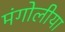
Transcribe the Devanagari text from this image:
मंगोलीया